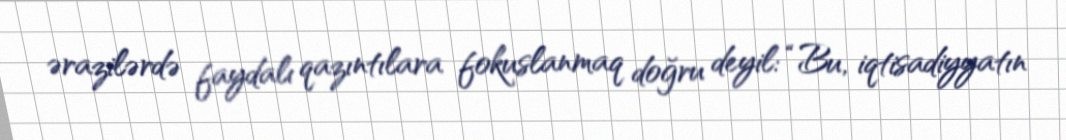
ərazilərdə faydalı qazıntılara fokuslanmaq doğru deyil: “Bu, iqtisadiyyatın